Memorandum on the prevention of leprosy by segregation of the affected
Disease focus: Leprosy
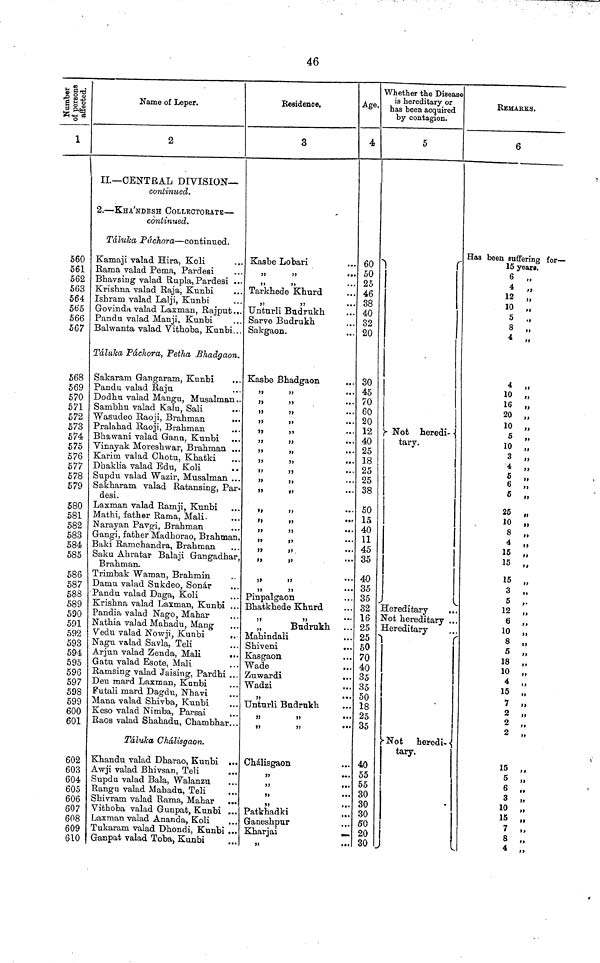
46
Number of
persons
affected.
1
!
560
561
562
563
564
565
566
567
568
569
570
571
572
573
574
575
576
577
578
579
580
581
582
583
584
585
586
587
588
589
590
591
592
593
594
595
596
597
598
599
600
601
602
603
604
605
606
607
608
609
610
Name of Leper.
2
II— CENTRAL DIVISION—
continued.
2. — KHA'NDESH COLLECTORATE —
continued.
Táluka Páchora — continued.
Kamaji valad Hira, Koli
Rama valad Pema, Pardesi
Bhavsing valad Rupla, Pardesi ..
Krishna, valad Raja. Kunbi
Ishram valad Lalji, Kunbi
Govinda valad Laxman, Rajput...
Pandu valad Manji, Kunbi
Balwanta valad Vithoba, Kunbi...
Táluka Páchora, Petha Bhadgaon.
Sakaram Gangaram, Kunbi
Pandu valad Raju
Dodhu valad Mangu, Musalman..
Sambhu valad Kalu, Sali
Wasudeo Raoji, Brahman
...
Pralahad Raoji, Brahman
Bhawani valad Ganu, Kunbi
Vinayak Moreshwar, Brahman ...
Karirn valad Chotu, Khatki
Dhaklia valad Edu, Koli
Supdu valad Wazir, Musalman ...
Sakharam valad Ratansing, Par-
desi.
Laxman valad Ramji, Kunbi
Mathi, father Rama, Mali.
Narayan Pavgi, Brahman
Gangi, father Madhorao, Brahman.
Baki Ramchandra, Brahman
Saku Ahratar Balaji Gangadbar
Brahman.
Trimbak Watnan, Brahmin
Damu valad Sukdeo, Sonar
Pandu valad Daga, Koli
Krishna valad Laxman, Kunbi ..
Pandia valad Nago, Mahar
Nathia valad Mahadu, Mang
Vedu valad Nowji, Kunbi
..
Nagu valad Savla, Teli
Arjun valad Zenda, Mali
..
Gatu valad Esote, Mali
Ramsing valad Jaising, Pardhi .,
Deu mard Laxman, Kunbi
Futali mard Dagdu, Nhavi
Mana valad Shivba, Kunbi
Keso valad Nimba, Parsai
Raos valad Shahadu, Chambhar..
Táluka Chálisgaon.
Khandu valad Dharao, Kunbi
Awji valad Bhivsan, Teli
Supdu valad Bala, Walanzu
Rangu valad Mahadu, Teli
Shivram valad Rama, Mahar
.
Vithoba valad Gunpat, Kunbi
Laxman valad Ananda, Koli
Tukaram valad Dhondi, Kunbi
Ganpat valad Toba, Kunbi
Residence.
3
Kasbe Lobari
,,
,,
,,
,,
Tarkhede Khurd
,,
,,
Unturli Budrukh
Sarve Budrukh
Sakgaon.
Kasbe Bhadgaon
,,
,,
,,
,,
,,
,,
,,
,,
,,
,,
,,
,,
,,
,,
,,
,,
,,
,,
,,
,,
,,
,,
,,,
,,
,,
,,
,,,
,,
,
,,
,,
,,
,,
.
.
.
,,
,,
,,
,,
Pinpalgaon
Bhatkhede Khurd
,,
,,
„
Budrukh
Mahindali
Shiveni
Kasgaon
Wade
Zuwardi
Wadzi
,,
Unturli Budrnkh
,,
,,
,,
,,
Chálisgaon
,,
,,
,,
,,
Patkhadki
Ganeshpur
Kharjai
,,
Age,
4
60
50
25
46
38
40
32
20
30
45
70
60
20
12
40
25
18
25
25
38
50
15
40
11
45
35
40
35
35
32
16
25
25
50
70
40
35
35
50
18
25
35
40
55
55
30
30
30
SO
20
30
Whether the Disease
is hereditary or
has been acquired
by contagion.
5
Not Heredi-
tary.
Hereditary
..
Not hereditary ..
Hereditary
Not
heredi-
tary.
REMARKS.
6
Has been suffering for-
15 years.
6 „
4
,
12
,
10
,
5
,
8
,
4
,
4 „
10 „
16 „
20 „
10 „
5 „
10 „
3 „
4 ,,
5 ..
6
6 „
25 „
10 „
8 „
4 „
15 „
15 „
15 „
3 „
5 ,.
12 „
6 „
10 „
8 „
5 „
18 „
10 „
4 „
15 „
7 •
2
2
15 „
5 „
6 „
3 „
10
,
15
,
7
,
8
4
,